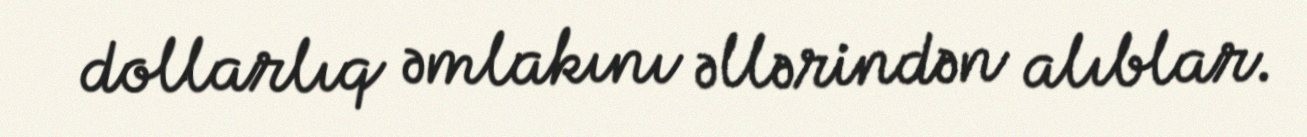
dollarlıq əmlakını əllərindən alıblar.